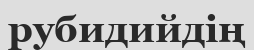
рубидийдің